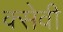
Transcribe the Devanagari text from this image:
क्सेवी